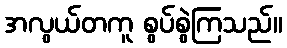
အလွယ်တကူ စွပ်စွဲကြသည်။